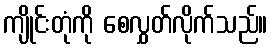
ကျိုင်းတုံကို စေလွှတ်လိုက်သည်။